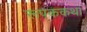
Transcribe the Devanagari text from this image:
रूपककथा